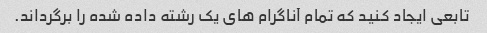
تابعی ایجاد کنید که تمام آناگرام های یک رشته داده شده را برگرداند.